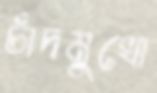
চাঁদমুখো